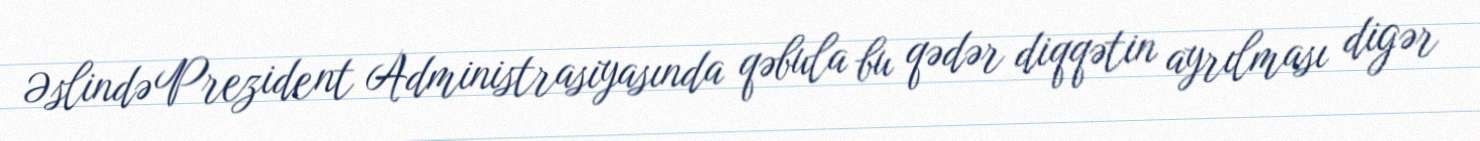
Əslində Prezident Administrasiyasında qəbula bu qədər diqqətin ayrılması digər